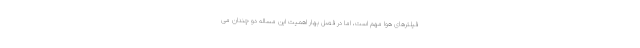
فیلترهای هوا مهم است، اما در فصل بهار اهمیت این مساله دو چندان می